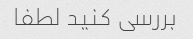
بررسی کنید لطفا